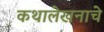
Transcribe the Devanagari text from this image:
कथालेखनाचे